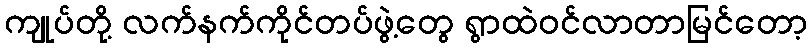
ကျုပ်တို့ လက်နက်ကိုင်တပ်ဖွဲ့တွေ ရွာထဲဝင်လာတာမြင်တော့